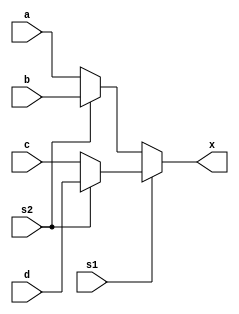
module dataflow_fulladder(input a,b,c,d,s2,s1, output x);
assign x = s1 ? (s2 ? d : c) : (s2 ? b :a );
endmodule